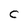
Character: C